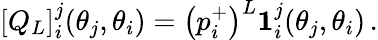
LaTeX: \left[Q_{L}\right]_{i}^{j}(\theta_{j},\theta_{i})=\left(p_{i}^{+}\right)^{L}\mathbf{1}_{i}^{j}(\theta_{j},\theta_{i})\, .